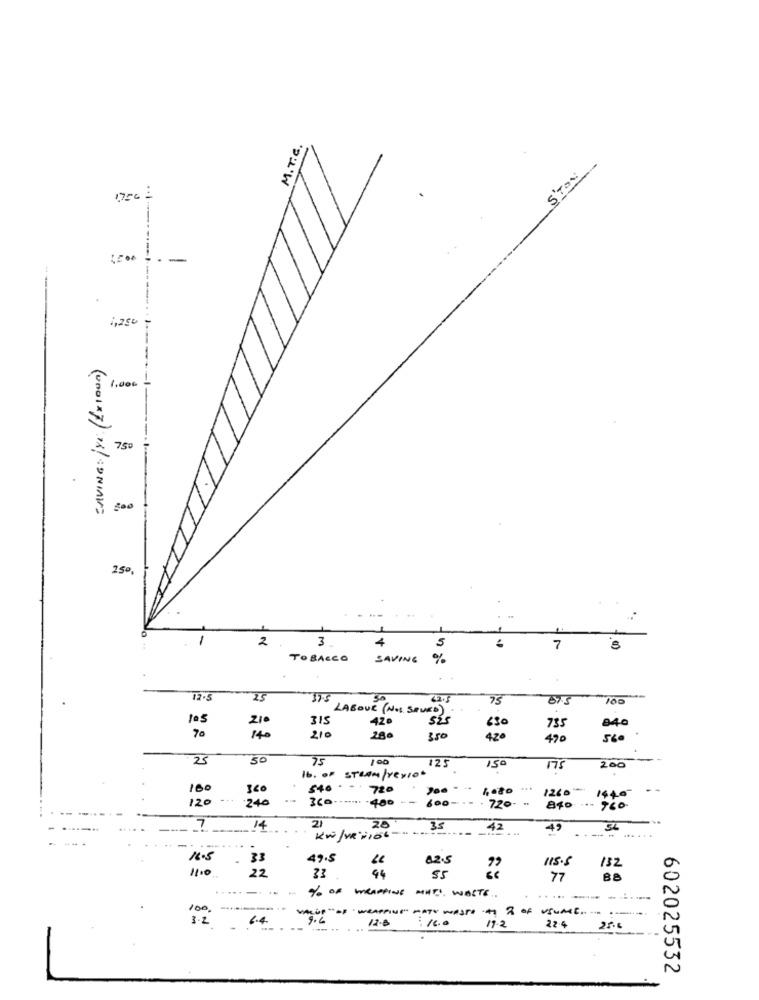
M.T.C.
1750 :
NOLS
-
1,250
1,000
750
(UnDIX}) "/CONINUS
25º
-
2
3
5
7
TOBACCO
SAVING
%
12.5
25
375
50
100
210
315
LABOUR (NOS SAVED)
420
70
630
735
840
140
210
280
3,50
420
490
560
25
50
75
125
150
175
200
16. 00 STEAM/verlor
100
320
$40 -720
1260 ****
1440
120
240
360 ....... . 400 -- 600 -.-. 720-
840
.- 960
7
14
21
20
35
42
KW /VR'+106 - "
-----
16.5
33
49.5
82.5
115.5
11.0
22
132
44
55
77
88
.....
% OF WRAPPING MITI, WASTE.
--- -------
100
....----. ..
3.2
6.4
VALUE "OF " WRAPPING" MATE WASTO AO 2 OF USUME .....
9.6
12.8
16.0
---.. .
17.2
22.4
25.6
602025532